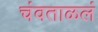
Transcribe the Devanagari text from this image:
चंवताळलं